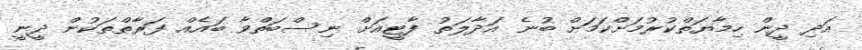
އަދި ދީން ހިމާޔަތްކުރުމަށްކަމަށް ބުނެ އަދާލަތު ފާޓީއަށް ނިސްބަތްވާ ބައެއް ފަރާތްތަކުން ދީނީ